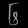
Digit: ၆